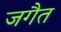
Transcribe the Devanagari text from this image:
जगैत